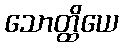
သောတ္ထိယေ